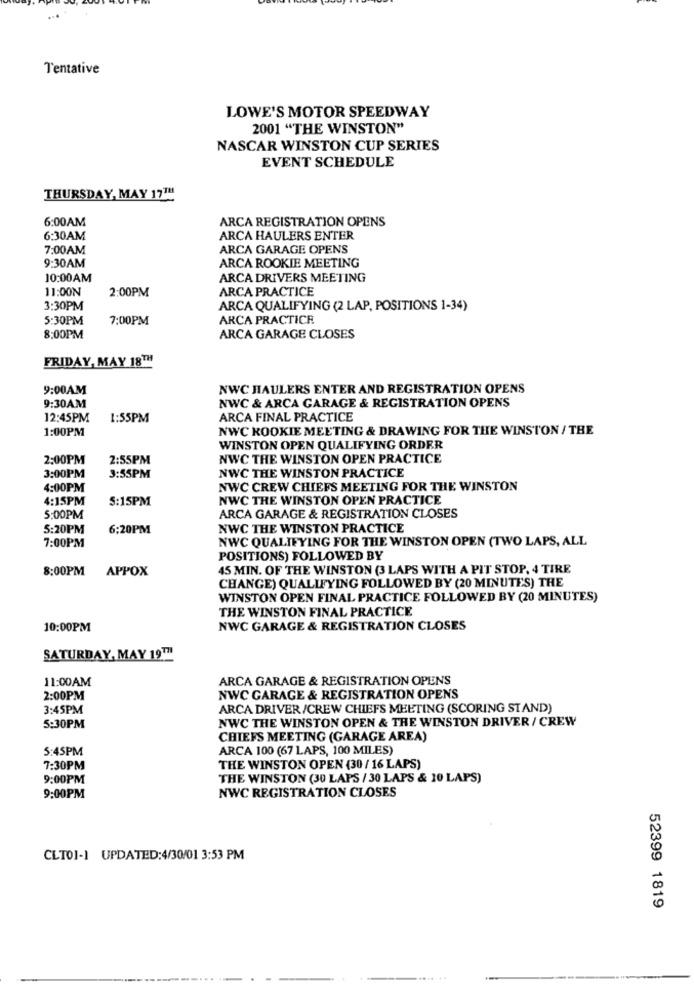
Tentative
LOWE'S MOTOR SPEEDWAY
2001 "THE WINSTON"
NASCAR WINSTON CUP SERIES
EVENT SCHEDULE
THURSDAY, MAY 17TH
6:00AM
ARCA REGISTRATION OPENS
6:30AM
ARCA HAULERS ENTER
7:00AM
ARCA GARAGE OPENS
9:30AM
ARCA ROOKIE MEETING
10:00AM
ARCA DRIVERS MEETING
11:00N
2:00PM
ARCA PRACTICE
3:30PM
ARCA QUALIFYING (2 LAP, POSITIONS 1-34)
5:30PM
7:00PM
ARCA PRACTICE
8:00PM
ARCA GARAGE CLOSES
FRIDAY, MAY 18TH
9:00AM
NWC HAULERS ENTER AND REGISTRATION OPENS
NWC & ARCA GARAGE & REGISTRATION OPENS
9:30AM
12:45PM
1:55PM
ARCA FINAL PRACTICE
1:00PM
NWC KOOKIE MEETING & DRAWING FOR THE WINSTON / THE
WINSTON OPEN QUALIFYING ORDER
2:00PM
2:55PM
NWC THE WINSTON OPEN PRACTICE
3:00PM
3:55PM
NWC THE WINSTON PRACTICE
4:00PM
NWC CREW CHIEFS MEETING FOR THE WINSTON
4:15PM
5:15PM
NWC THE WINSTON OPEN PRACTICE
5:00PM
ARCA GARAGE & REGISTRATION CLOSES
5:20PM
6:20PM
NWC THE WINSTON PRACTICE
7:00PM
NWC QUALIFYING FOR THE WINSTON OPEN (TWO LAPS, ALL
POSITIONS) FOLLOWED BY
8:00PM APPOX
45 MIN. OF THE WINSTON (3 LAPS WITH A PIT STOP, 4 TIRE
CHANGE) QUALIFYING FOLLOWED BY (20 MINUTES) THE
WINSTON OPEN FINAL PRACTICE FOLLOWED BY (20 MINUTES)
THE WINSTON FINAL PRACTICE
10:00PM
NWC GARAGE & REGISTRATION CLOSES
SATURDAY, MAY 19™7
11:00AM
ARCA GARAGE & REGISTRATION OPENS
2:00PM
NWC GARAGE & REGISTRATION OPENS
3:45PM
ARCA DRIVER /CREW CHIEFS MEETING (SCORING STAND)
NWC THE WINSTON OPEN & THE WINSTON DRIVER / CREW
5:30PM
CHIEFS MEETING (GARAGE AREA)
5:45PM
ARCA 100 (67 LAPS, 100 MILES)
7:30PM
THE WINSTON OPEN (30 / 16 LAPS)
9:00PM
THE WINSTON (30 LAPS / 30 LAPS & 10 LAPS)
NWC REGISTRATION CLOSES
9:00PM
CLTOI-1 UPDATED:4/30/01 3:53 PM
52399 1819